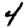
Digit: 4